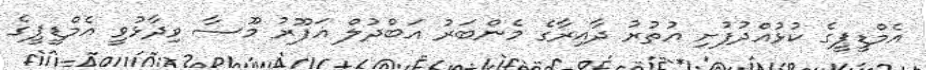
އެމްޑީޕީގެ ކުޅުއްދުފުށި އުތުރު ދާއިރާގެ މެންބަރު އަބްދުލް ޣަފޫރު މޫސާ ވިދާޅުވީ އެމްޑީޕީގެ